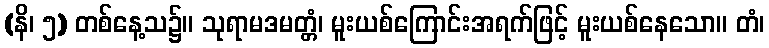
(နိ၊ ၅) တစ်နေ့သ၌။ သုရာမဒမတ္တံ၊ မူးယစ်ကြောင်းအရက်ဖြင့် မူးယစ်နေသော။ တံ၊